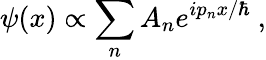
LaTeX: \psi(x)\propto\sum_{n}A_{n}e^{ip_{n}x/\hbar}~,